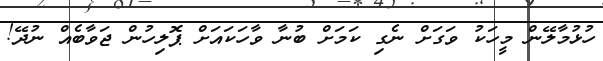
ހުޅުމާލޭން މީހަކު ވަގަށް ނެގި ކަމަށް ބުނާ ވާހަކައަށް ޕޮލިހުން ޖަވާބެއް ނުދޭ!